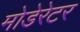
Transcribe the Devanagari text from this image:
मोडेरेटर